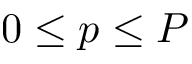
0 \leq p \leq P